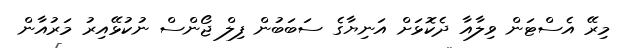
މިރޭ އެސްޓަން ވިލާއާ ދެކޮޅަށް އަނިޔާގެ ސަބަބުން ފިލް ޖޯންސް ނުކުޅޭއިރު މަރުއާން